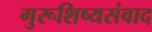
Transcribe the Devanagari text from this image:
गुरूशिष्यसंवाद